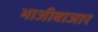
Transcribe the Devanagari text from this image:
भाजीबाजार